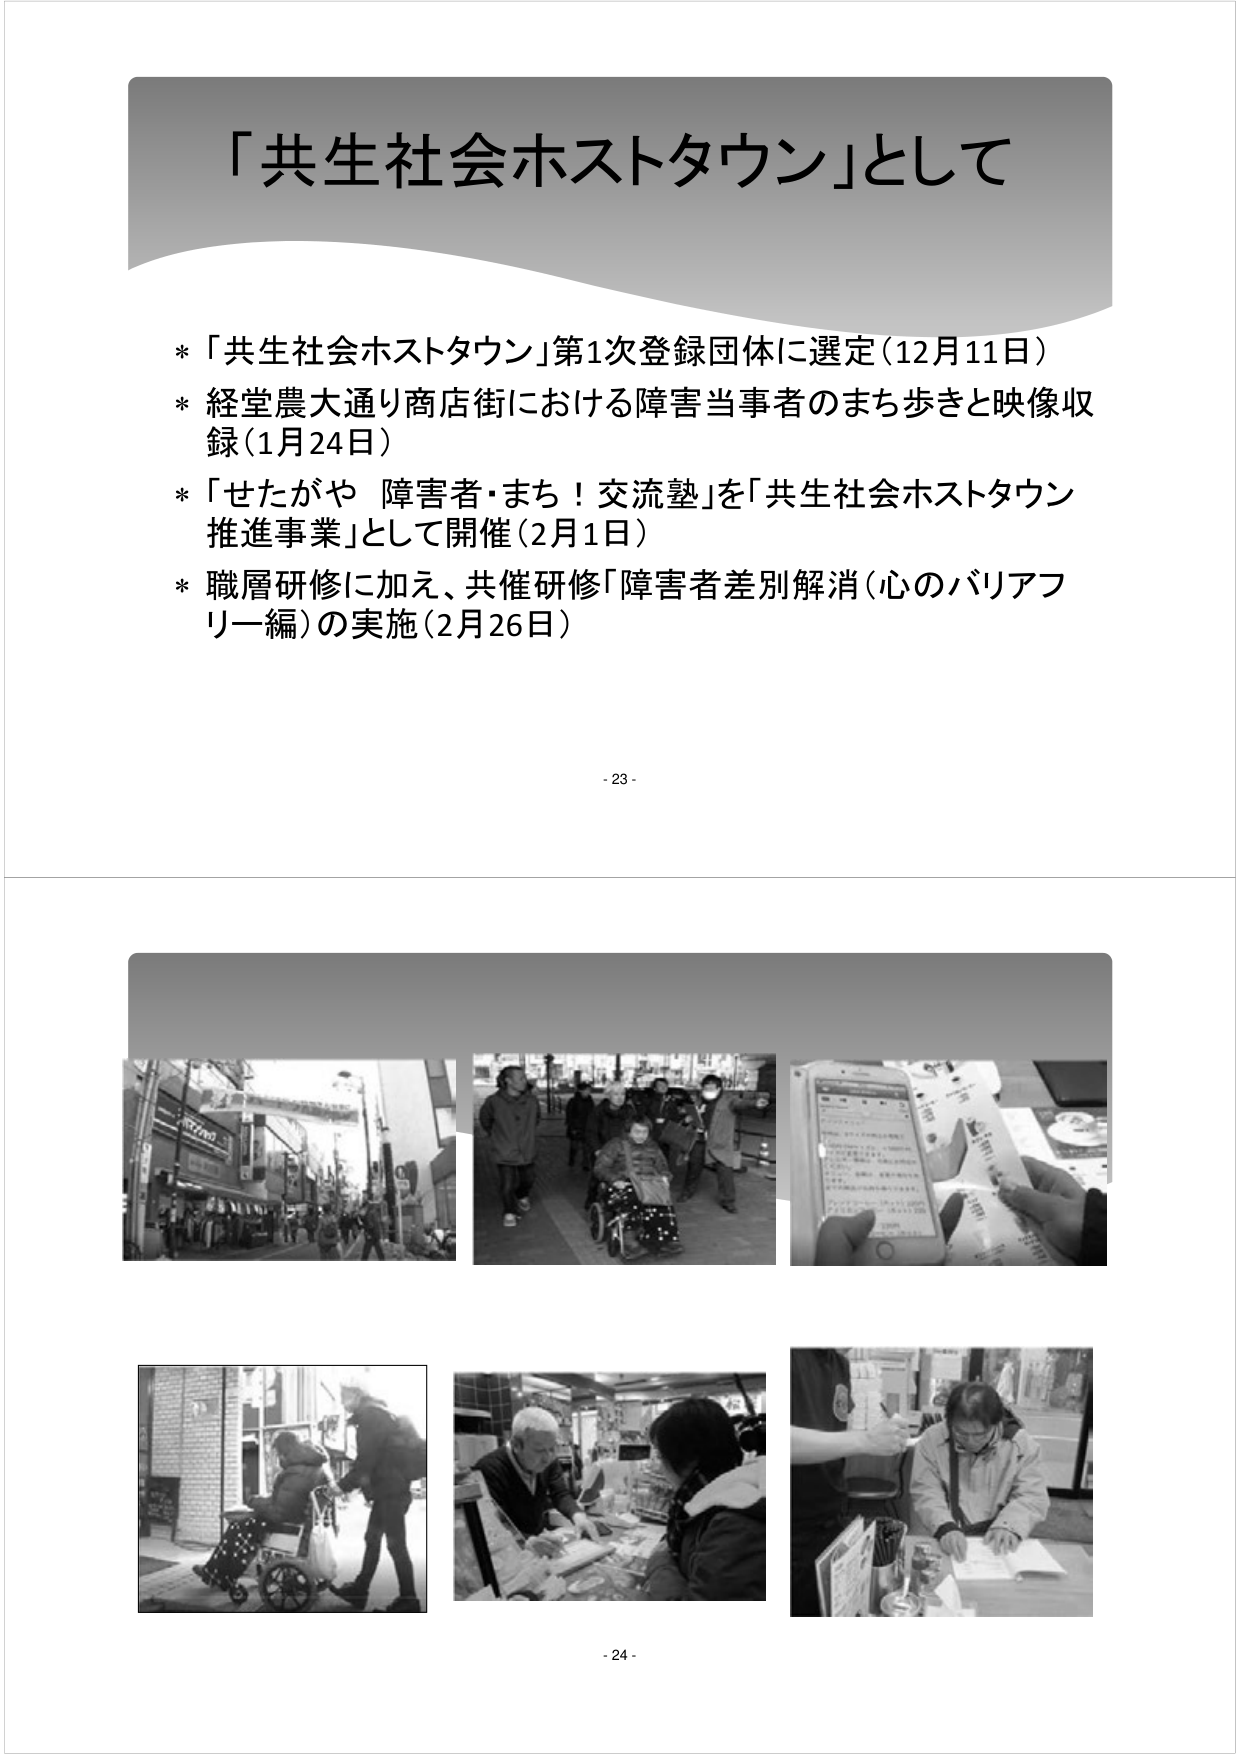
「共生社会ホストタウン」として

* 「共生社会ホストタウン」第1次登録団体に選定（12月11日）
* 経堂農大通り商店街における障害当事者のまち歩きと映像収録（1月24日）
* 「せたがや 障害者・まち！交流塾」を「共生社会ホストタウン推進事業」として開催（2月1日）
* 職層研修に加え、共催研修「障害者差別解消（心のバリアフリー編）」の実施（2月26日）

- 23 -

- 24 -